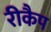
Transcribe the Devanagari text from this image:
रीकैप